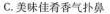
C.美味佳肴香气扑鼻